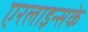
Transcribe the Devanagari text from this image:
एरलाइन्सके